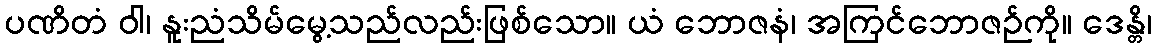
ပဏိတံ ဝါ၊ နူးညံသိမ်မွေ့သည်လည်းဖြစ်သော။ ယံ ဘောဇနံ၊ အကြင်ဘောဇဉ်ကို။ ဒေန္တိ၊